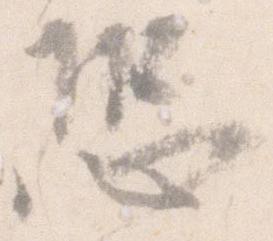
恐